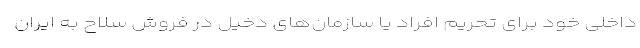
داخلی خود برای تحریم افراد یا سازمان‌های دخیل در فروش سلاح به ایران